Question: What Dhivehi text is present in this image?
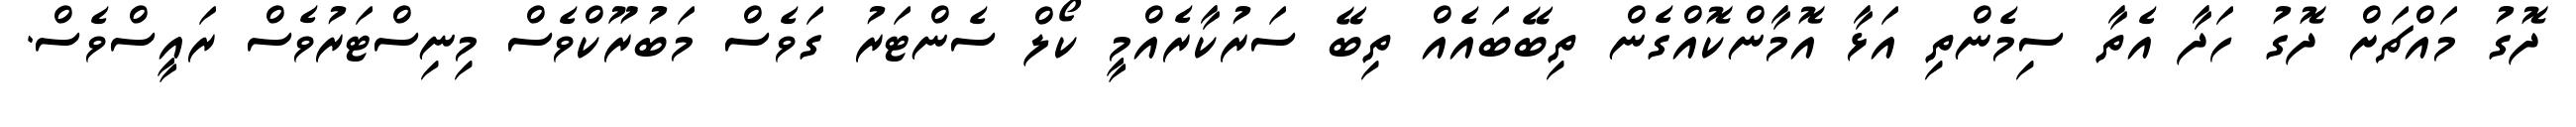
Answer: ދޮގު މައްޗަށް ދޮގު ހަދާ އެތާ ސިމެންތި އަޅާ އޮމާންކޮއްގެން ތިބޭބައެއް ތިބޭ ސަރުކާރެއްމީ ކޯލް ސެންޓަރު ގަވެސް މަބުރޫކްވެސް މިނިސްޓަރުވެސް ރައީސްވެސް.